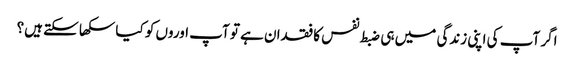
اگر آپ کی اپنی زندگی میں ہی ضبط نفس کا فقدان ہے تو آپ اوروں کو کیا سکھا سکتے ہیں؟